Sanitation, dispensaries and jails vaccination Rajputana 1922-1927 - 1922-1927
Year: 1922
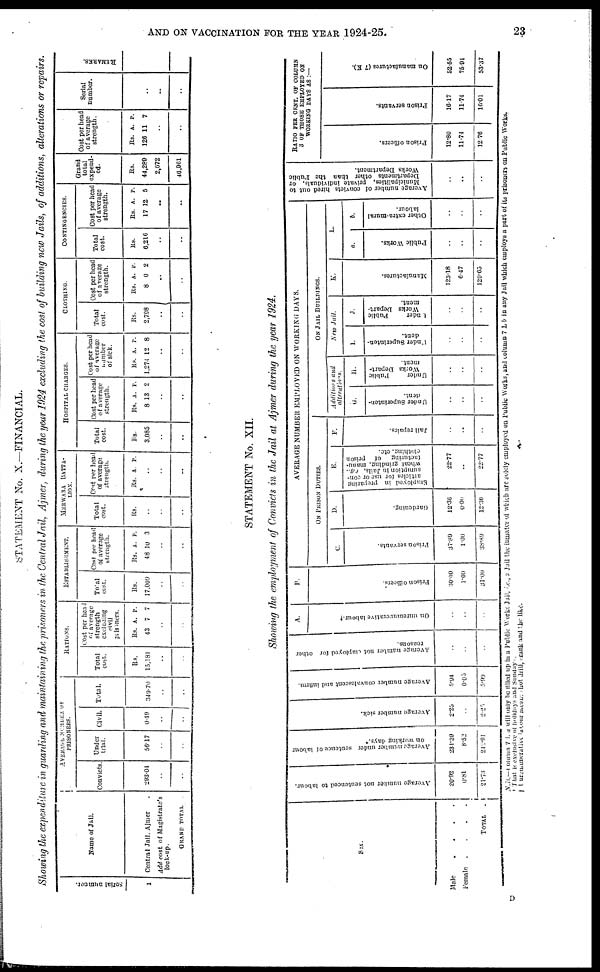
AND ON VACCINATION FOR THE YEAR 1924-25.
23
STATEMENT No. X.—FINANCIAL.
Showing the expenditure in guarding and maintaining the prisoners in the. Central Jail, Ajmer, during the year 1924 excluding the cost of building new Jails, of additions, alterations or repair
serial number.
1
Name of Jail.
Centra1 Jail, Ajmer
Add cost of Magistrate's
lock-up.
GRAND TOTAL .
AVERAGE
NUMBER OF
PRISONERS.
Convicts.
293.04
..
..
Under
trial.
56.17
..
..
Civil.
0.49
..
..
Total.
349.70
..
..
RATIONS.
Total
cost.
Rs.
15,181
..
..
Cost per head
of average
strength
excluding
civil
prisoners.
Rs.
43
A.
7
P.
7
..
..
ESTABLISHMENT.
Total
cost.
Rs.
17,009
..
..
Cost per head
of average
strength.
Rs.
48
A.
10
P.
3
..
..
MERWARA BATTA-
LION.
Total
cost.
Rs.
..
..
..
Cost per head
of average
strength.
Rs. A. P.
..
..
..
HOSPITAL CHARGES.
Total
cost.
Rs.
3,085
..
..
Cost per head
of average
strength.
Rs.
8
A.
13
P.
2
..
..
Cost per head
of average
number
of sick.
Rs.
1,274
A.
12
P.
8
..
..
CLOTHING.
Total
cost.
Rs.
2,798
..
..
Cost per head
of average
strength.
Rs.
8
A.
0
P.
2
..
..
CONTINGENCIES.
Total
cost.
Rs.
6,216
..
..
Cost per head
of average
strength.
Rs.
17
A.
12
P.
5
..
..
Grand
total
expend-
ed.
Rs.
44,289
2,672
46,961
Cost per head
of average
strength.
Rs.
126
A.
11
P.
7
..
..
Serial
number.
..
..
..
REMARKS.
STATEMENT No. XII.
Showing the employment of Convicts in the Jail at Ajmer during the year 1924.
Sex.
Male
....
female
....
TOTAL.
Average number not sentenced to labour.
20.92
0.81
21.73
Average number under sentence of labour
on working days.*
231.39
8.52
242.91
Average number sick.
2.25
..
2.25
Average number convalescent and infirm.
5.94
0.05
5. 99
Average number not employed for other
reasons.
..
..
..
A.
On unremunerative labour.†
..
..
..
B.
Prison officers.
30.00
1.00
31.00
AVERAGE NUMBER EMPLOYED ON WORKING DAYS.
ON PRISON DUTIES.
C.
Prison servants.
37.89
1.00
38.89
D.
Gardening.
12.36
0.00
12.36
E.
Employed in preparing
articles for use or con-
sumption in Jails, e.g.,
wheat, grinding, manu-
facturing of prison
clothing, etc.
22.77
..
22.77
F.
Jail repairs.
..
..
..
ON JAIL BUILDINGS.
Additions
and
alterations.
G.
Under Superinten-
dent.
..
..
..
H.
Under
Public
Works Depart-
ment.
..
..
..
New Jail.
I.
Under Superinten-
dent.
..
..
..
J.
Under
Public
Works Depart-
ment.
..
..
..
K.
Manufactures.
123.18
6.47
129.65
L.
a.
Public Works.
..
..
..
b.
Other extra-mural
labour.
..
..
..
Average number of convicts hired out to
Municipalities, private individuals, or
Departments other than the Public
Works Department.
..
..
..
RATIO PER CENT. OF COLUMN
3 OF THOSE EMPLOYED ON
WORKING
DAYS AS :—
Prison officers.
12.80
11.74
12.76
Prison servants.
16.17
11.74
16.01
On manufactures (7 K).
52.55
75.94
53.37
N.B.—Column 7 L a will only be filled up in a Public Works Jail, i.e., a Jail the inmates of which are solely employed on Public Works, and column 7 L b in any Jail which employs a part of its prisoners on Public Works.
* That is exclusive of holidays and Sundays.
† Unremunerative labour means hot drill, crank and the like.
D